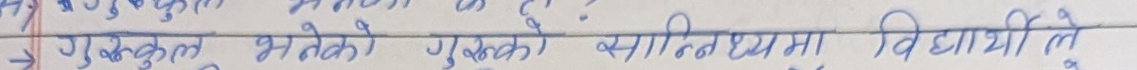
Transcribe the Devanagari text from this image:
गुरुुकुल भनेको गुरुको सान्निध्यमा विद्यार्थीले